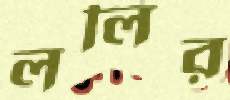
ললির